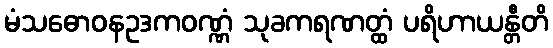
မံသဓောဝနဥဒကဝဏ္ဏံ သုခကရဏတ္ထံ ပရိဟာယန္တီတိ